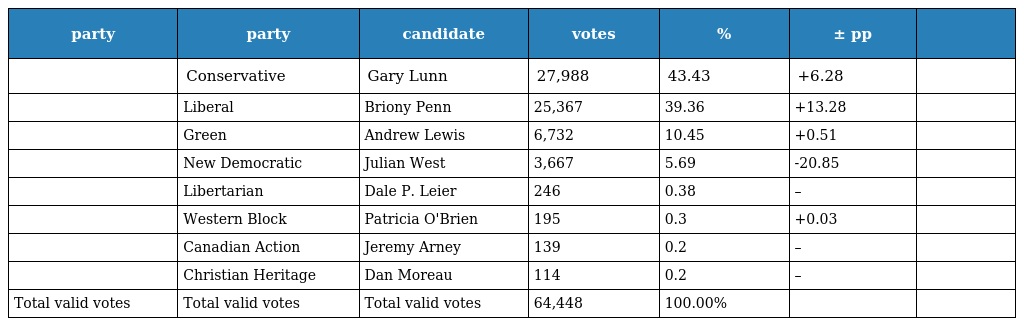
| party | party | candidate | votes | % | ± pp |  |
 | --- | --- | --- | --- | --- | --- | --- |
 |  | Conservative | Gary Lunn | 27,988 | 43.43 | +6.28 |  |
 |  | Liberal | Briony Penn | 25,367 | 39.36 | +13.28 |  |
 |  | Green | Andrew Lewis | 6,732 | 10.45 | +0.51 |  |
 |  | New Democratic | Julian West | 3,667 | 5.69 | -20.85 |  |
 |  | Libertarian | Dale P. Leier | 246 | 0.38 | – |  |
 |  | Western Block | Patricia O'Brien | 195 | 0.3 | +0.03 |  |
 |  | Canadian Action | Jeremy Arney | 139 | 0.2 | – |  |
 |  | Christian Heritage | Dan Moreau | 114 | 0.2 | – |  |
 | Total valid votes | Total valid votes | Total valid votes | 64,448 | 100.00% |  |  |